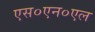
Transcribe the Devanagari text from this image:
एस०एन०एल